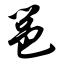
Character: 邕